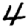
Digit: 4